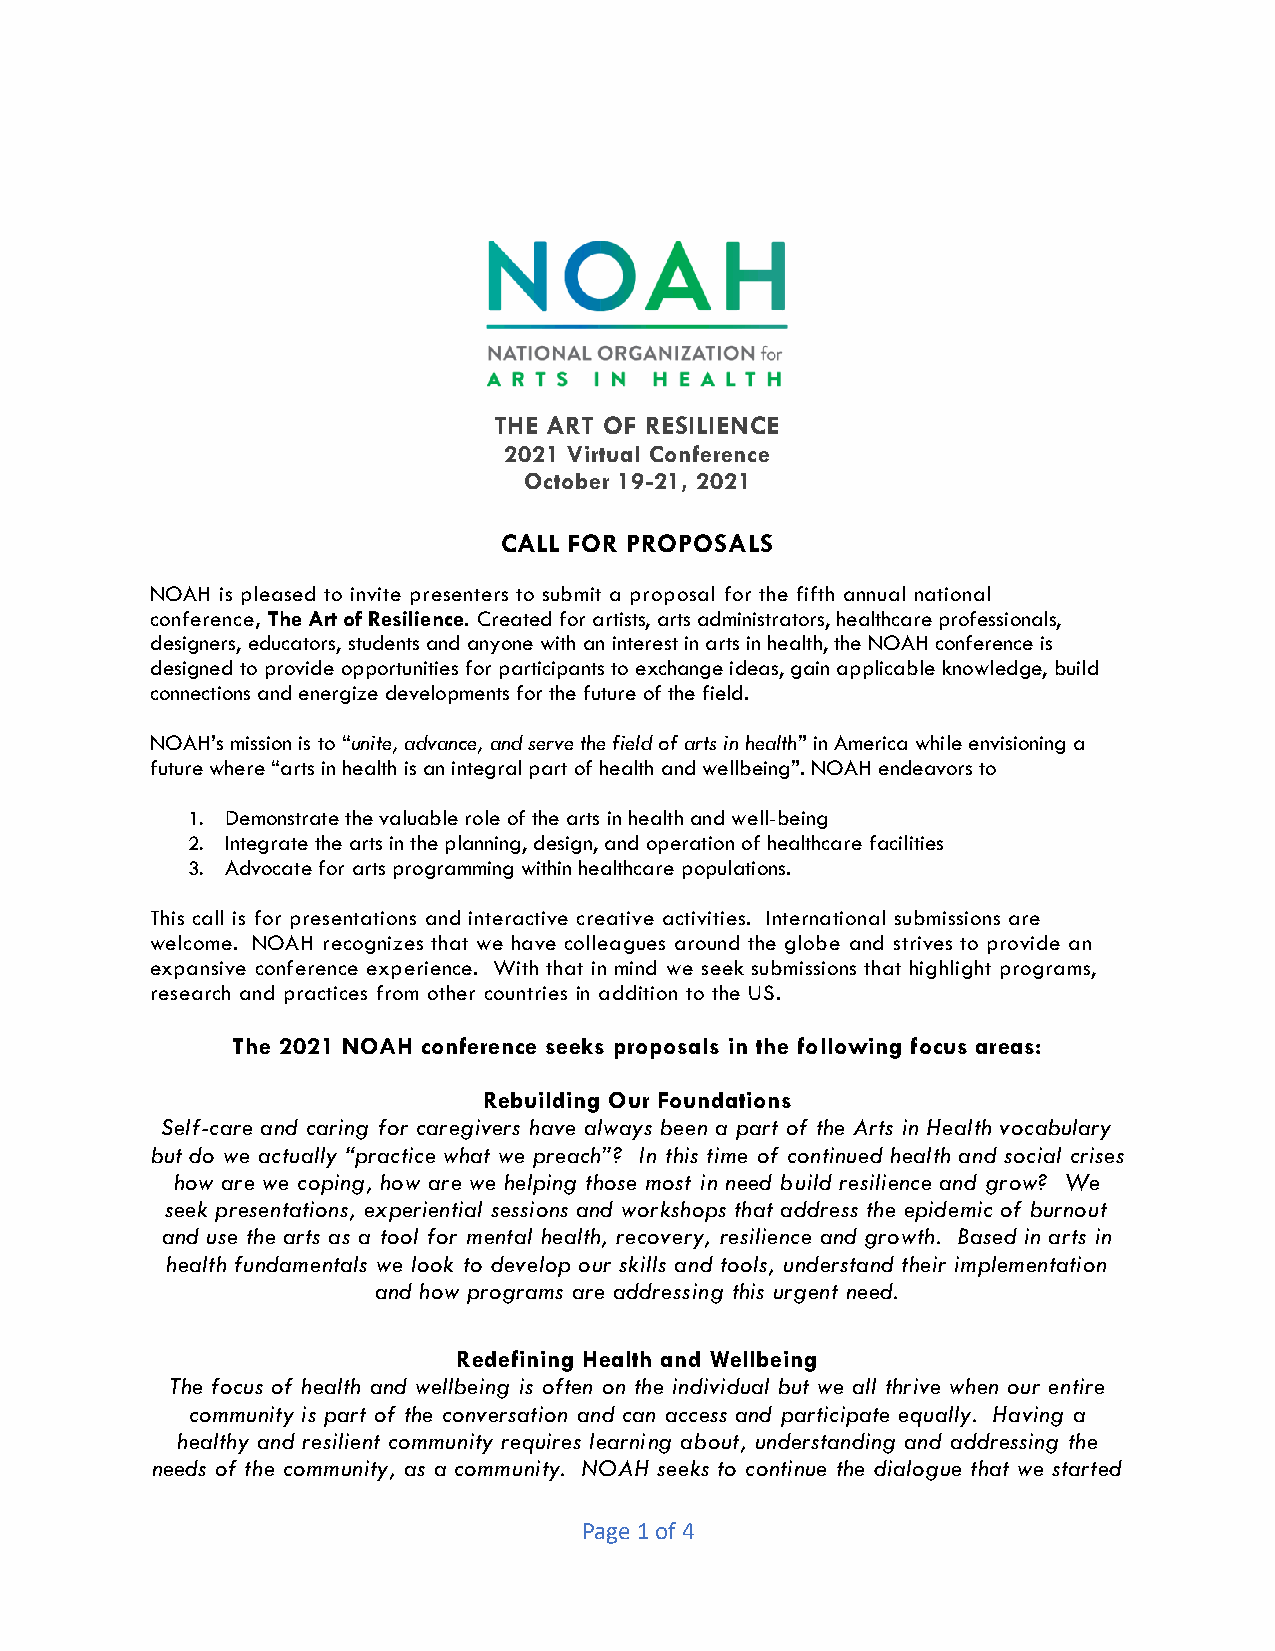
THE ART OF RESILIENCE
 2021 Virtual Conference
 October 19-21, 2021
 CALL FOR PROPOSALS
 NOAH is pleased to invite presenters to submit a proposal for the fifth annual national
 conference, The Art of Resilience. Created for artists, arts administrators, healthcare professionals,
 designers, educators, students and anyone with an interest in arts in health, the NOAH conference is
 designed to provide opportunities for participants to exchange ideas, gain applicable knowledge, build
 connections and energize developments for the future of the field.
 NOAH’s mission is to “unite, advance, and serve the field of arts in health” in America while envisioning a
 future where “arts in health is an integral part of health and wellbeing”. NOAH endeavors to
 1. Demonstrate the valuable role of the arts in health and well-being
 2. Integrate the arts in the planning, design, and operation of healthcare facilities
 3. Advocate for arts programming within healthcare populations.
 This call is for presentations and interactive creative activities. International submissions are
 welcome. NOAH recognizes that we have colleagues around the globe and strives to provide an
 expansive conference experience. With that in mind we seek submissions that highlight programs,
 research and practices from other countries in addition to the US.
 The 2021 NOAH conference seeks proposals in the following focus areas:
 Rebuilding Our Foundations
 Self-care and caring for caregivers have always been a part of the Arts in Health vocabulary
 but do we actually “practice what we preach”? In this time of continued health and social crises
 how are we coping, how are we helping those most in need build resilience and grow? We
 seek presentations, experiential sessions and workshops that address the epidemic of burnout
 and use the arts as a tool for mental health, recovery, resilience and growth. Based in arts in
 health fundamentals we look to develop our skills and tools, understand their implementation
 and how programs are addressing this urgent need.
 Redefining Health and Wellbeing
 The focus of health and wellbeing is often on the individual but we all thrive when our entire
 community is part of the conversation and can access and participate equally. Having a
 healthy and resilient community requires learning about, understanding and addressing the
 needs of the community, as a community. NOAH seeks to continue the dialogue that we started
 Page 1 of 4